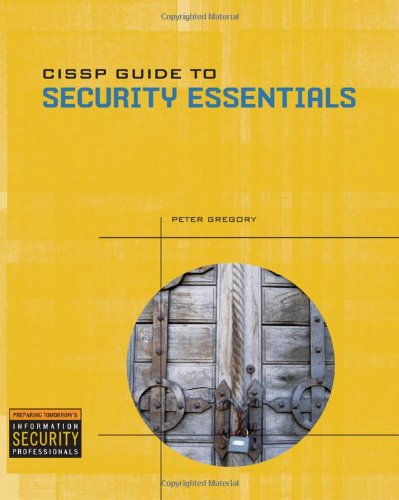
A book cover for CISSP Guide to Security Essentials; Peter Gregory; Computers & Technology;